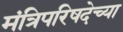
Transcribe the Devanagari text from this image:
मंत्रिपरिषदेच्या